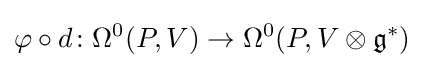
\varphi \circ d\colon \Omega ^{0}(P,V)\rightarrow \Omega ^{0}(P,V\otimes {\mathfrak {g}}^{*})